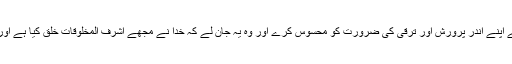
فطری طریقے پر اپنی پوشیدہ صلاحیّتوں کی پرورش کے لئے ضروری ہے کہ انسان سب سے پہلے اپنے اندر پرورش اور ترقی کی ضرورت کو محسوس کرے اور وہ یہ جان لے کہ خدا نے مجھے اشرف المخلوقات خلق کیا ہے اور اگرمیں اپنے آپ کو دینِ فطرت یعنی دین اسلام کے ساتھ ہم آہنگ کرلوں تو انسانِ کامل بن سکتاہوں۔